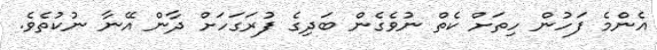
އެންމެ ފަހުން ހިތަށް ކެތް ނުވެގެން ބަދިގެ ފުރަގަހަށް ދާން އޭނާ ނުކުތެވެ.